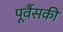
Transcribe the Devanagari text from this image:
पूर्वैसकी